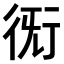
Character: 𧗨